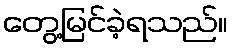
တွေ့မြင်ခဲ့ရသည်။